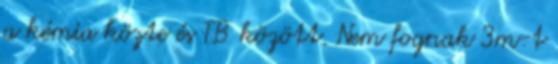
a kémia közte és TB között. Nem fognak 3m-t